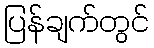
ပြန်ချက်တွင်